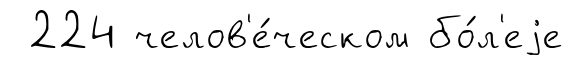
224 челов'е́ческом бо́л'еjе